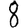
Digit: 8